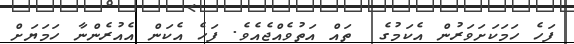
ފަހެ ހަމަކަށަވަރުން އެކަމުގެ  ތައް އަތުވެއްޖެއެވެ. ފަހެ އެކަން އެއުރެންނާ ހަމަޔަށް